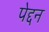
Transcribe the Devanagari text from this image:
पेद्दन